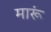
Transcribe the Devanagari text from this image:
मारूं